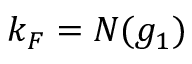
k _ { F } = N ( g _ { 1 } )